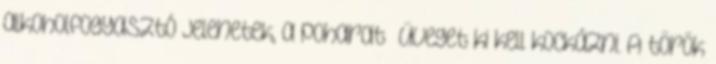
alkoholfogyasztó jelenetek, a poharat üveget ki kell kockázni. A török